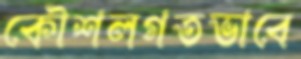
কৌশলগতভাবে